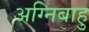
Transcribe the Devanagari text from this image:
अग्निबाहु